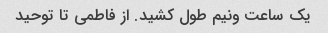
یک ساعت ونیم طول کشید. از فاطمی تا توحید